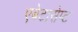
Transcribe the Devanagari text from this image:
एबेटासेप्ट